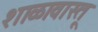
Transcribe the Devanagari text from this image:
शाळावास्तू